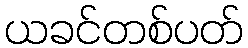
ယခင်တစ်ပတ်